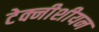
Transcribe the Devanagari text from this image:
टेक्नीशीयन